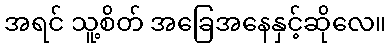
အရင် သူ့စိတ် အခြေအနေနှင့်ဆိုလေ။